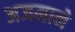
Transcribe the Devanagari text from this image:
अजमाने